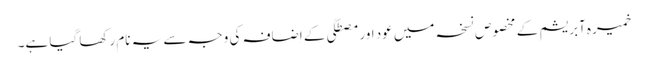
خمیرہ آبریشم کے مخصوص نسخہ میں عود اور مصطگی کے اِضافہ کی وجہ سے یہ نام رکھا گیا ہے۔